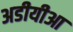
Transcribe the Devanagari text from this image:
अडीयीआ